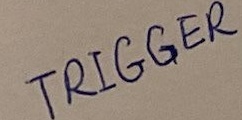
Text: TRIGGER